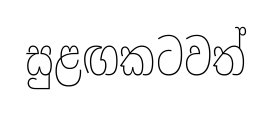
සුළඟකටවත්